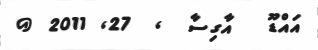
އައްޑޫ   އާގިސާ